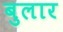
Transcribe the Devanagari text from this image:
बुलार